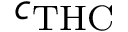
c _ { \mathrm { T H C } }